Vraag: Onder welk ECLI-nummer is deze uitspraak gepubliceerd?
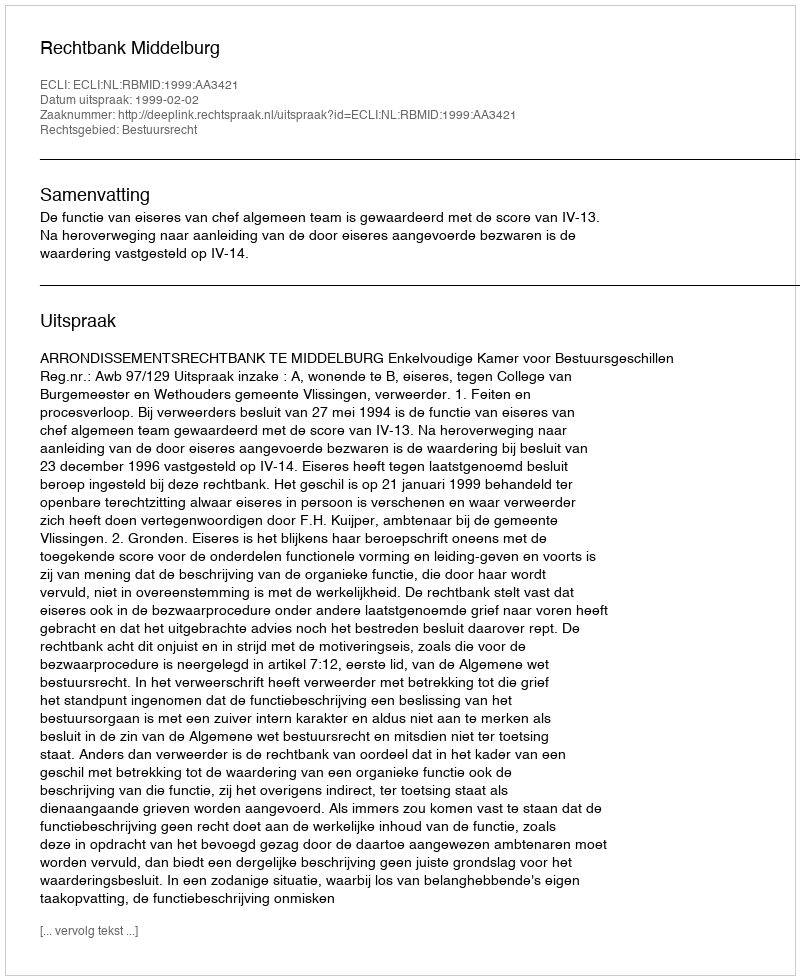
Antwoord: ECLI:NL:RBMID:1999:AA3421